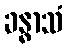
ခန္ဓာသံ